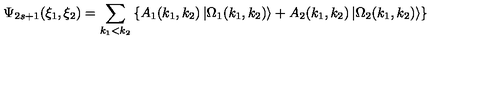
\Psi _ { 2 s + 1 } ( \xi _ { 1 } , \xi _ { 2 } ) = \sum _ { k _ { 1 } < k _ { 2 } } \left\{ A _ { 1 } ( k _ { 1 } , k _ { 2 } ) \left| \Omega _ { 1 } ( k _ { 1 } , k _ { 2 } ) \right\rangle + A _ { 2 } ( k _ { 1 } , k _ { 2 } ) \left| \Omega _ { 2 } ( k _ { 1 } , k _ { 2 } ) \right\rangle \right\}